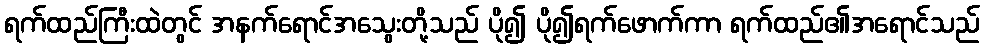
ရက်ထည်ကြီးထဲတွင် အနက်ရောင်အသွေးတို့သည် ပို၍ ပို၍ရက်ဖောက်ကာ ရက်ထည်၏အရောင်သည်